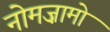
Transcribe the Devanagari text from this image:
नोमज़ामो